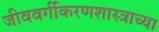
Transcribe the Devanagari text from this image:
जीववर्गीकरणशास्त्राच्या